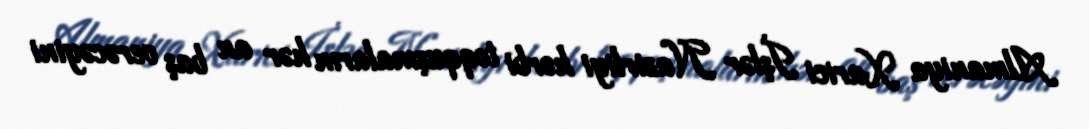
Almaniya Xarici İşlər Nazirliyi hərbi toqquşmaların hər an baş verəcəyini